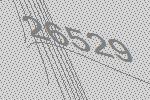
26529